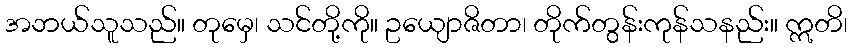
အဘယ်သူသည်။ တုမှေ၊ သင်တို့ကို။ ဥယျောဇိတာ၊ တိုက်တွန်းကုန်သနည်း။ ဣတိ၊